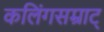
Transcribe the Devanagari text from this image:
कलिंगसम्राट्